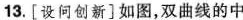
13.[设问创新]如图，双曲线的中